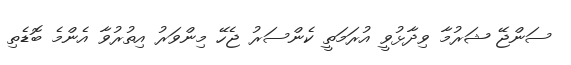
ސަންޖޭ ޝަރުމާ ވިދާޅުވީ އުރަމަތީ ކެންސަރު ޖެހޭ މިންވަރު އިތުރުވާ އެންމެ ބޮޑެތި